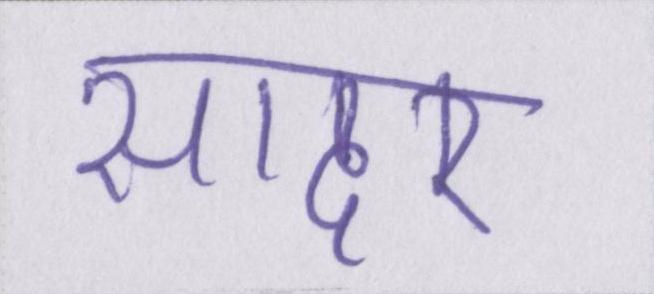
सादर